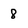
Character: 8